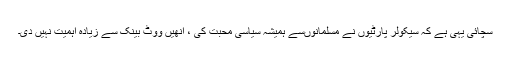
سچائی یہی ہے کہ سیکولر پارٹیوں نے مسلمانوںسے ہمیشہ سیاسی محبت کی ، انھیں ووٹ بینک سے زیادہ اہمیت نہیں دی۔